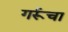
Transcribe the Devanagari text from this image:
गर्रूचा